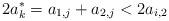
LaTeX: \begin{align*}2a_k^*= a_{1,j} + a_{2,j} < 2a_{i,2}\end{align*}